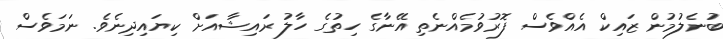
ބުނެލުމުން ޒައިކް އެއްވެސް ފޮރުވުމެއްނެތި އޭނާގެ ހިތުގެ ހާލު ރައިޝާއަށް ކިޔައިދިނެވެ. ނަމަވެސް